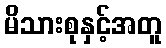
မိသားစုနှင့်အတူ